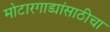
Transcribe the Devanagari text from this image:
मोटारगाड्यांसाठीचा